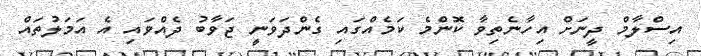
އިސްލާމް ދީނަށް އިހާނެތިވާ ކޮންމެ ކަމެއްގައި ގެންދަވަނީ ޖަވާބު ދެއްވައި އެ އަމަލުތައް